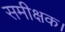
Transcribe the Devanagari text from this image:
समीक्षक।